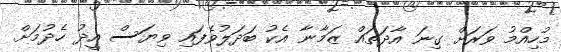
މުހިއްމު ވަރަށް ގިނަ އާދަތައް ޒަމާނާ އެކު ބަދަލުވެފައި ވިޔަސް އީދު ހެދުމަށް